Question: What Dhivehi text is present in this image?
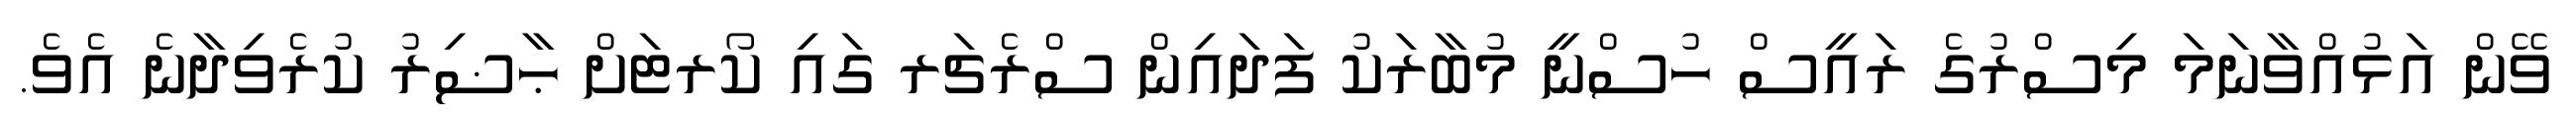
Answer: ވޭން އަޅުއްވާނަމަ މިސްރުގެ ރައީސް ހުސްނީ މުބާރަކު ފަދައިން ސްރެޗަރ ގައި ކޯރޓަށް ޙާޟިރު ކުރެވިދާނެ އެވެ.